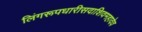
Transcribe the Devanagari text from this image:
लिंगरूपधारीसदाशिवमहादेव